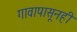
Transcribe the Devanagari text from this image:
गावापासूनही